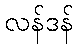
လန်ဒန်